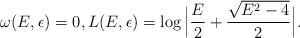
LaTeX: \begin{align*}\omega(E,\epsilon)=0, L(E,\epsilon) =\log \Big|\frac{E}{2}+\frac{\sqrt{E^{2}-4}}{2}\Big|.\end{align*}